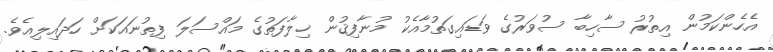
އެހެންކަމުން އިތުރު ސާހިބާ ސުވަރުގެ ވަޑައިގަތުމާއެކު މުނާފިޤުން ޚިލާފަތުގެ މައްސަލަ ފިތުނައަކަށް ހަދައިލިއެވެ.